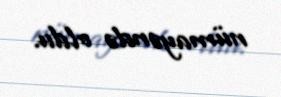
nümayəndə oldu.